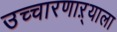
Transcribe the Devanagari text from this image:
उच्चारणाऱ्याला